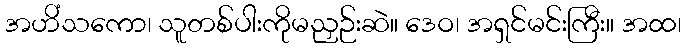
အဟိံသကော၊ သူတစ်ပါးကိုမညှဉ်းဆဲ။ ဒေဝ၊ အရှင်မင်းကြီး။ အထ၊